画像に写った文字を読んでください
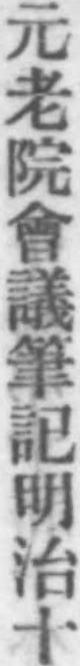
「元老院會議筆記明治十」と書いてあります